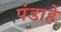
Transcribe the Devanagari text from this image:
पंडाहे